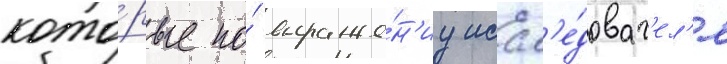
кото́рые по́ выраже́н'иу иссл'е́доват'ел'я